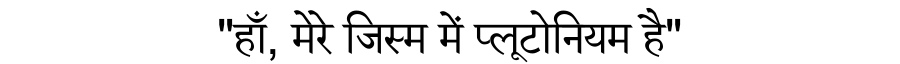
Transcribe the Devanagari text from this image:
"हाँ, मेरे जिस्म में प्लूटोनियम है"